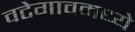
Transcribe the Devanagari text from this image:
वटेगावमध्ये